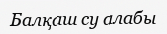
Балқаш су алабы